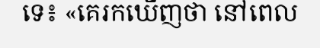
ទេ៖ «គេរកឃើញថា នៅពេល